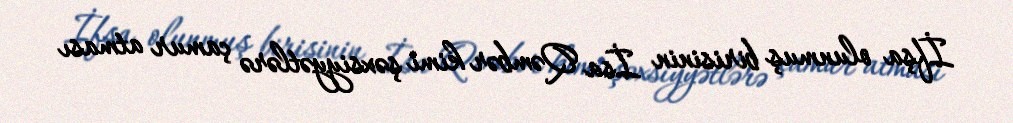
İfşa olunmuş birisinin İsa Qəmbər kimi şəxsiyyətlərə çamur atması